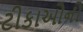
ટીકાઓનો